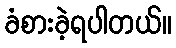
ခံစားခဲ့ရပါတယ်။